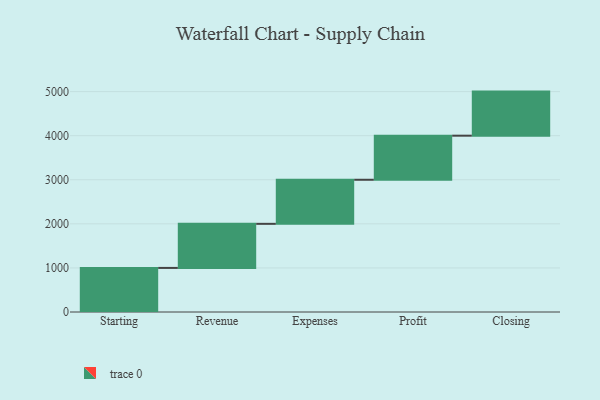
{"axis": {"x": "Step", "y": "Value"}, "legend": [""], "data": [{"x": "Starting", "y": 1000, "type": ""}, {"x": "Revenue", "y": 1000, "type": ""}, {"x": "Expenses", "y": 1000, "type": ""}, {"x": "Profit", "y": 1000, "type": ""}, {"x": "Closing", "y": 1000, "type": ""}]}